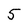
Character: 5